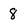
Character: 8